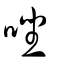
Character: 唑